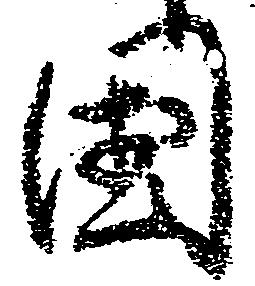
国